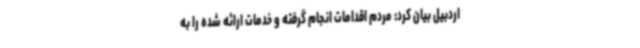
اردبیل بیان کرد: مردم اقدامات انجام گرفته و خدمات ارائه شده را به